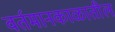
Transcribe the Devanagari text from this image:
वर्तमानकाळातील